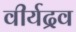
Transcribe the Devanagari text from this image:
वीर्यद्रव